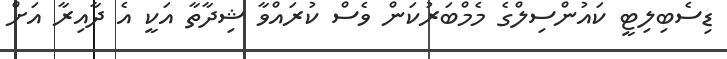
ޑިސެބިލިޓީ ކައުންސިލްގެ މެމްބަރުކަން ވެސް ކުރައްވާ ޝިދާތާ އަކީ އެ ދާއިރާ އަށް